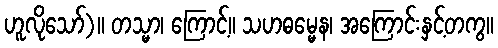
ဟူလိုသော်)။ တသ္မာ၊ ကြောင့်။ သဟဓမ္မေန၊ အကြောင်းနှင့်တကွ။